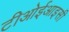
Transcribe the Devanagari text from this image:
टीओईआइसी